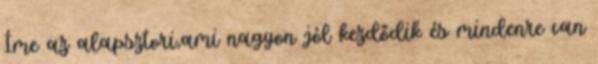
Íme az alapsztori,ami nagyon jól kezdődik és mindenre van